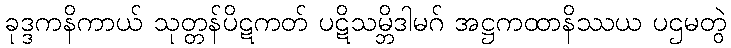
ခုဒ္ဒကနိကာယ် သုတ္တန်ပိဋကတ် ပဋိသမ္ဘိဒါမဂ် အဋ္ဌကထာနိဿယ ပဌမတွဲ